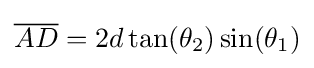
{\overline {AD}}=2d\tan(\theta _{2})\sin(\theta _{1})